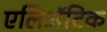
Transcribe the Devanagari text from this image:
एलिअॅटिक